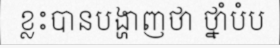
ខ្លះបានបង្ហាញថា ថ្នាំបំប